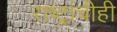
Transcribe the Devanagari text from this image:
राष्ट्रांचीही